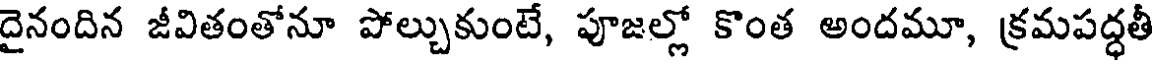
దైనందిన జీవితంతోనూ పోల్చుకుంటే, పూజల్లో కొంత అందమూ, క్రమపద్ధతీ